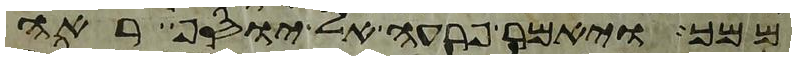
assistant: ממך ויאמר פרעה אל יוסף ראה